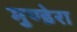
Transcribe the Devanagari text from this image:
मुण्डेरा